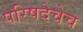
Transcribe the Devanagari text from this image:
परिषदेचेच